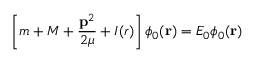
\left[ m + M + \frac { { \bf p } ^ { 2 } } { 2 \mu } + I ( r ) \right] \phi _ { 0 } ( { \bf r } ) = E _ { 0 } \phi _ { 0 } ( { \bf r } )